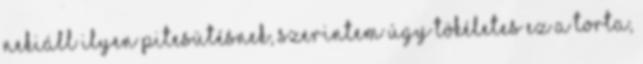
nekiáll ilyen pitesütésnek, szerintem úgy tökéletes ez a torta,